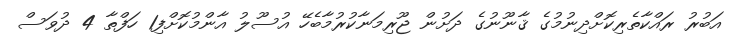
އަބުރު ރައްކާތެރިކޮށްދިނުމުގެ ޤާނޫނުގެ ދަށުން ޖޫރިމަނާކުރުމާބެހޭ އުސޫލު އާންމުކޮށްފި1 ހަފްތާ 4 ދުވަސް